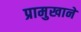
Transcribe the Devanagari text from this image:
प्रामुखाने